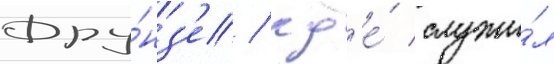
Фру́нз'е / гд'е́ служи́л